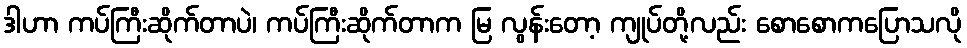
ဒါဟာ ကပ်ကြီးဆိုက်တာပဲ၊ ကပ်ကြီးဆိုက်တာက မြ လွန်းတော့ ကျုပ်တို့လည်း စောစောကပြောသလို